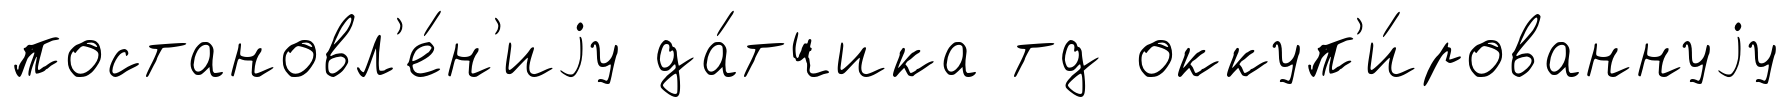
постановл'е́н'иjу да́тчика тд оккуп'и́рованнуjу